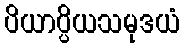
ပိယာပ္ပိယသမုဒယံ